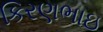
કિરણભાઇ